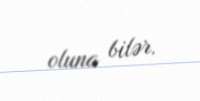
oluna bilər.